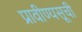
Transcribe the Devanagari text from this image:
प्रावीण्यसूची